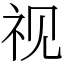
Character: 视